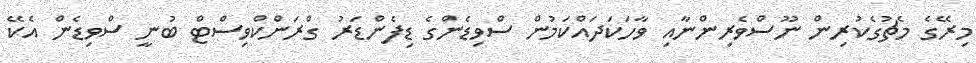
މިރޭގެ މެޗުގެކުރިން ނޫސްވެރިންނާއި ވާހަކަދައްކަމުން ސްވިޑެންގެ ޑިފެންޑަރު ގްރަންކްވިސްޓް ބުނީ ސްވިޑެން އެކޭ